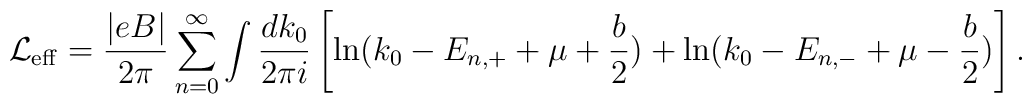
\mbox{$\cal L$}_{{\rm eff}}=\frac{|eB |}{2\pi } \sum_{n=0}^{\infty }\int \frac{dk_{0}}{2 \pi i} \left[ \ln (k_{0}-E_{n,+}+\mu +\frac{b}{2})+\ln (k_{0}-E_{n,-}+\mu -\frac{b}{2})\right].